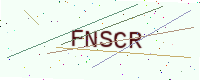
Text: FNSCR